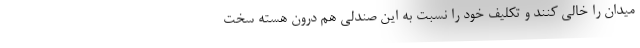
میدان را خالی کنند و تکلیف خود را نسبت به این صندلی هم درون هسته سخت